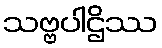
သဗ္ဗပါဌိဿ